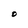
Character: O